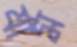
র‍্যাম